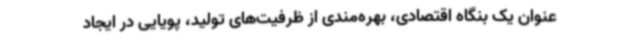
عنوان یک بنگاه اقتصادی، بهره‌مندی از ظرفیت‌های تولید، پویایی در ایجاد